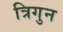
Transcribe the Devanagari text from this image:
त्रिगुन